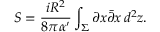
S = \frac { i R ^ { 2 } } { 8 \pi \alpha ^ { \prime } } \int _ { \Sigma } \partial x \bar { \partial } x \, d ^ { 2 } z .